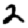
Digit: 2